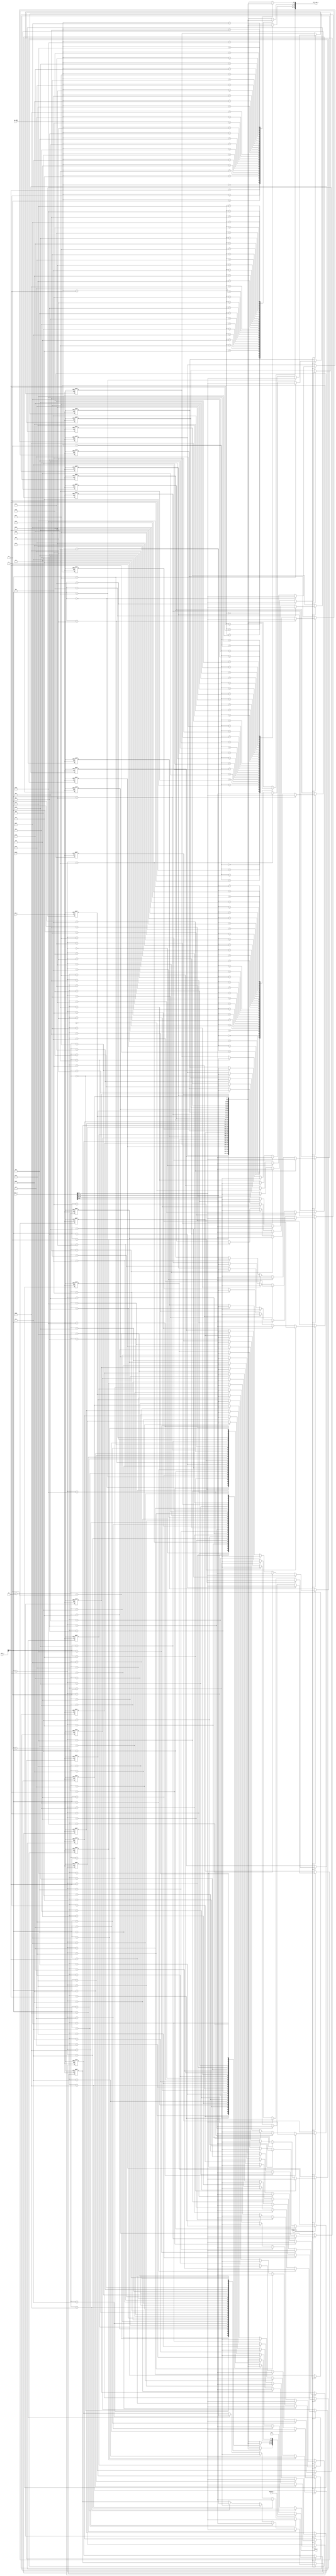
module Data_Memory
(   
    clk_i,
    reset,
    op_addr,
    addr_i,
    data_i,
    MemWrite_i,
    MemRead_i,
    data_o,
    data_mem_o
);


input clk_i;
input reset;
input [4:0] op_addr;
input [31:0] addr_i,data_i;
input MemWrite_i, MemRead_i;
integer i;
output [31:0] data_o;
output [31:0] data_mem_o;

reg [7:0] memory [0:31];
wire [31:0] op;

assign op = { memory[addr_i + 3],memory[addr_i + 2],
memory[addr_i + 1],memory[addr_i]};

assign data_mem_o = { memory[op_addr + 3],memory[op_addr + 2],
memory[op_addr + 1],memory[op_addr]};

assign data_o = (MemRead_i) ? op : 32'b0;

always @(posedge clk_i or posedge reset) begin

    if(reset)for(i=0;i<32;i=i+1)memory[i] <= 0;
     else if(MemWrite_i) begin
            memory[addr_i + 3] <= data_i[31:24];
            memory[addr_i + 2] <= data_i[23:16];
            memory[addr_i + 1] <= data_i[15:8];
            memory[addr_i]     <= data_i[7:0];
        end
end

endmodule